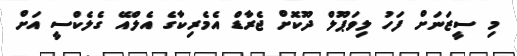
މި ސީޒަނަށް ފަހު ލިވަޕޫލް ދޫކޮށް ޖެރާޑް އެމެރިކާގެ އެލްއޭ ގެެލެކްސީ އަށް